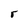
Character: r